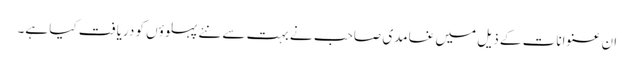
ان عنوانات کے ذیل میں غامدی صاحب نے بہت سے نئے پہلوؤں کو دریافت کیا ہے۔